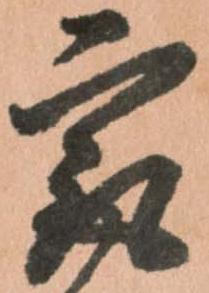
最